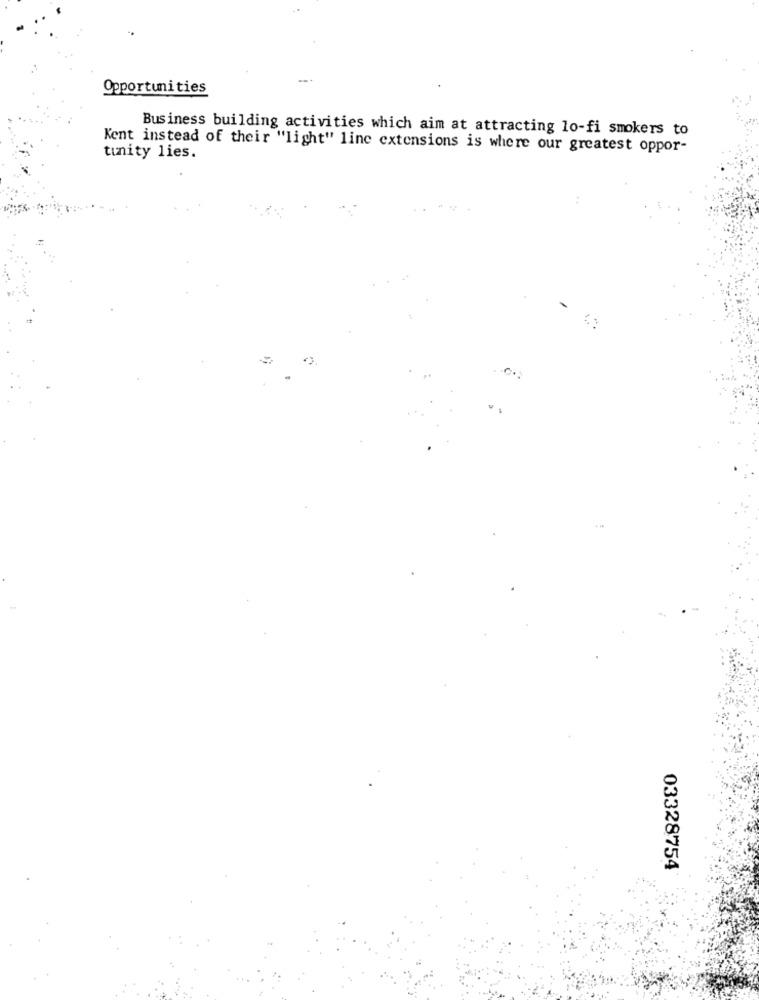
Opportunities
Business building activities which aim at attracting lo-fi smokers to
Kent instead of their "light" line extensions is where our greatest oppor-
tunity lies.
03328754